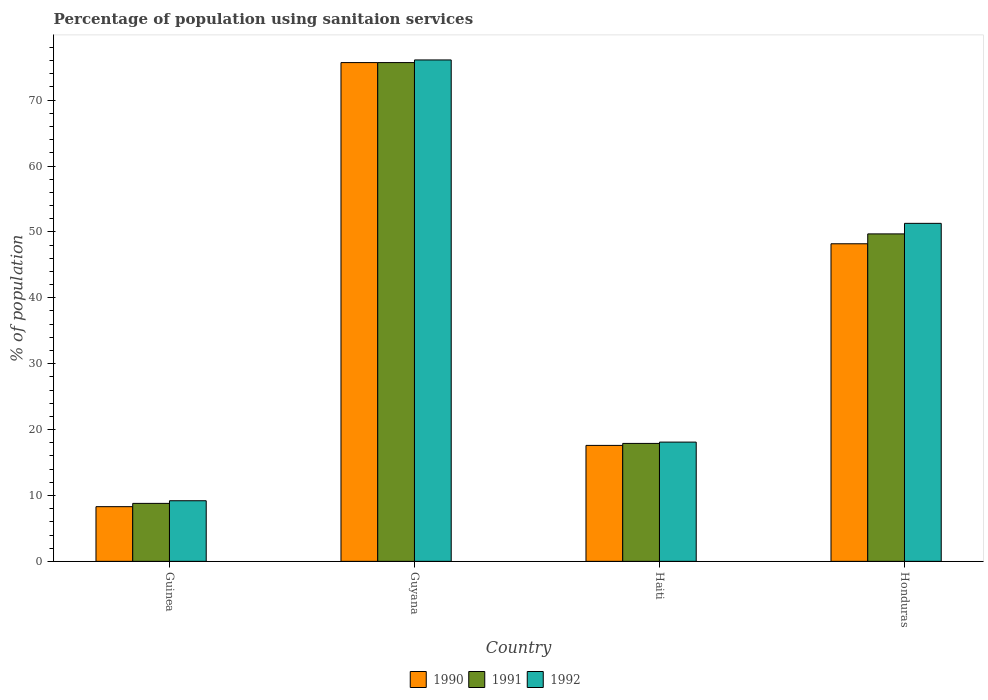
| Country | 1990 | 1991 | 1992 |
 | --- | --- | --- | --- |
 | Guinea | 8.3 | 8.8 | 9.2 |
 | Guyana | 75.7 | 75.7 | 76.1 |
 | Haiti | 17.6 | 17.9 | 18.1 |
 | Honduras | 48.2 | 49.7 | 51.3 |